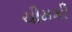
ચીમકી